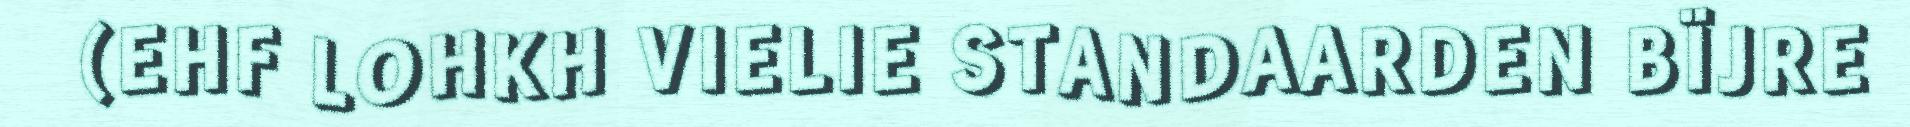
(EHF LOHKH VIELIE STANDAARDEN BÏJRE